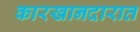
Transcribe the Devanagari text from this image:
कारखानदारात